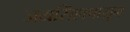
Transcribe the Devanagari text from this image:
जयसिंहापासून